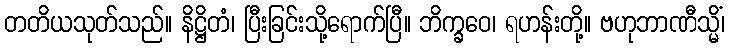
တတိယသုတ်သည်။ နိဋ္ဌိတံ၊ ပြီးခြင်းသို့ရောက်ပြီ။ ဘိက္ခဝေ၊ ရဟန်းတို့။ ဗဟုဘာဏီသ္မိံ၊